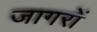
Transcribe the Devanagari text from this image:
जागरों